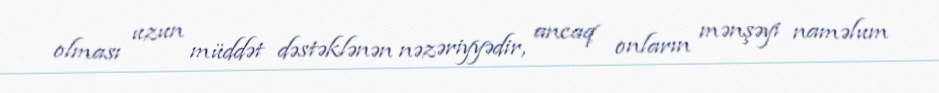
olması uzun müddət dəstəklənən nəzəriyyədir, ancaq onların mənşəyi naməlum